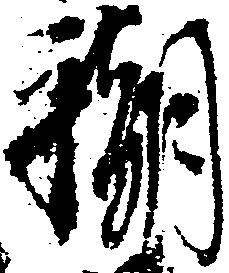
潮